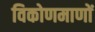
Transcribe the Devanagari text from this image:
विकोणमाणों